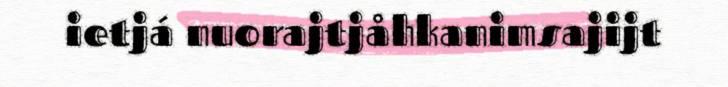
ietjá nuorajtjåhkanimsajijt